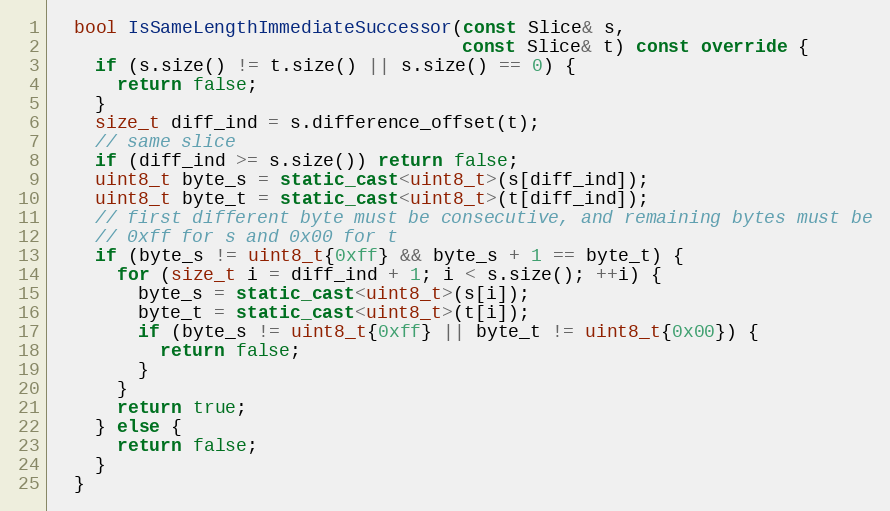
Language: C++
  bool IsSameLengthImmediateSuccessor(const Slice& s,
                                      const Slice& t) const override {
    if (s.size() != t.size() || s.size() == 0) {
      return false;
    }
    size_t diff_ind = s.difference_offset(t);
    // same slice
    if (diff_ind >= s.size()) return false;
    uint8_t byte_s = static_cast<uint8_t>(s[diff_ind]);
    uint8_t byte_t = static_cast<uint8_t>(t[diff_ind]);
    // first different byte must be consecutive, and remaining bytes must be
    // 0xff for s and 0x00 for t
    if (byte_s != uint8_t{0xff} && byte_s + 1 == byte_t) {
      for (size_t i = diff_ind + 1; i < s.size(); ++i) {
        byte_s = static_cast<uint8_t>(s[i]);
        byte_t = static_cast<uint8_t>(t[i]);
        if (byte_s != uint8_t{0xff} || byte_t != uint8_t{0x00}) {
          return false;
        }
      }
      return true;
    } else {
      return false;
    }
  }